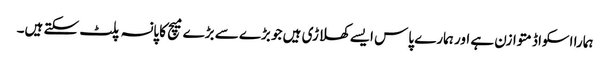
ہمارا اسکواڈ متوازن ہے اور ہمارے پاس ایسے کھلاڑی ہیں جو بڑے سے بڑے میچ کا پانسہ پلٹ سکتے ہیں۔